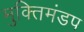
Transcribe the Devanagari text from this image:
मुक्तिमंडप